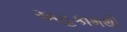
અહકામથી